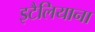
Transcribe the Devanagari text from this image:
इटैलियाना